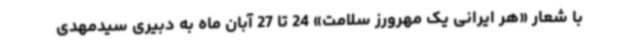
با شعار «هر ایرانی یک مهرورز سلامت» 24 تا 27 آبان ماه به دبیری سیدمهدی